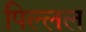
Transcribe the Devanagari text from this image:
पिल्लल